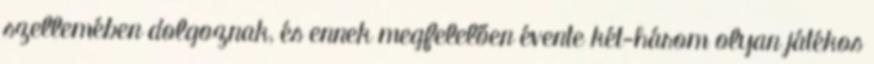
szellemében dolgoznak, és ennek megfelelően évente két-három olyan játékos